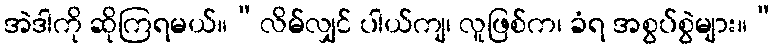
အဲဒါကို ဆိုကြရမယ်။“လိမ်လျှင် ပါယ်ကျ၊ လူဖြစ်က၊ ခံရ အစွပ်စွဲများ။”